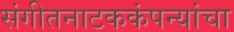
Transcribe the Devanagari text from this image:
संगीतनाटककंपन्यांचा